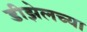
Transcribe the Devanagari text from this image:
डीझेलच्या